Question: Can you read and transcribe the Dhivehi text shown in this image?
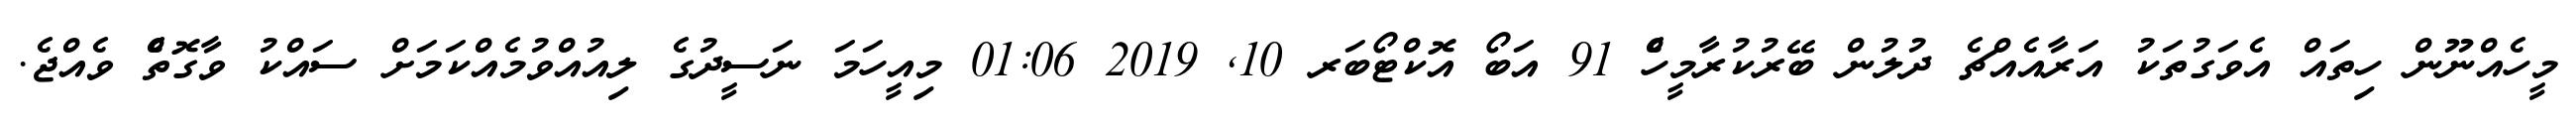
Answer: މީހެއްނޫން ހިތައް އެވަގުތަކު އަރާއެއްޗެ ދުލުން ބޭރުކުރާމީހެް 91 އަބޯ އޮކްޓޯބަރ 10, 2019 01:06 މިއީހަމަ ނަސީދުގެ ލިއުއްވުމެއްކަމަށް ސައްކު ވާގޮތެް ވެއްޖެ.